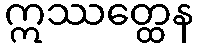
ဣဿတ္ထေန